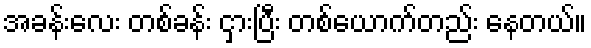
အခန်းလေး တစ်ခန်း ငှားပြီး တစ်ယောက်တည်း နေတယ်။